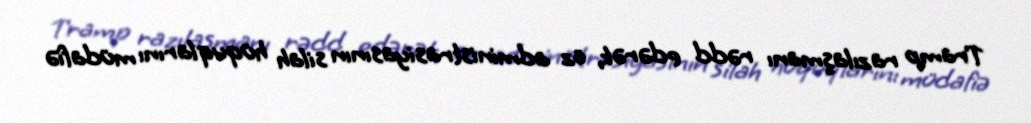
Tramp razılaşmanı rədd edərək, öz administrasiyasının silah hüquqlarını müdafiə